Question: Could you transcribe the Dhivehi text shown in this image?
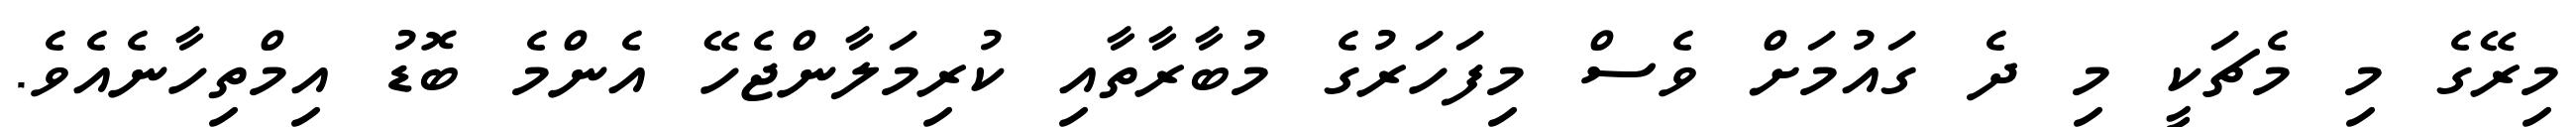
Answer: މިރޭގެ މި މެޗަކީ މި ދެ ގައުމަށް ވެސް މިފަހަރުގެ މުބާރާތާއި ކުރިމަލާންޖެހޭ އެންމެ ބޮޑު އިމްތިހާނެއެވެ.